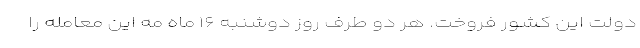
دولت این کشور فروخت. هر دو طرف روز دوشنبه ۱۶ ماه مه این معامله را